Vital statistics of India. Vol. VI, European troops 1870-79
Year: 1870
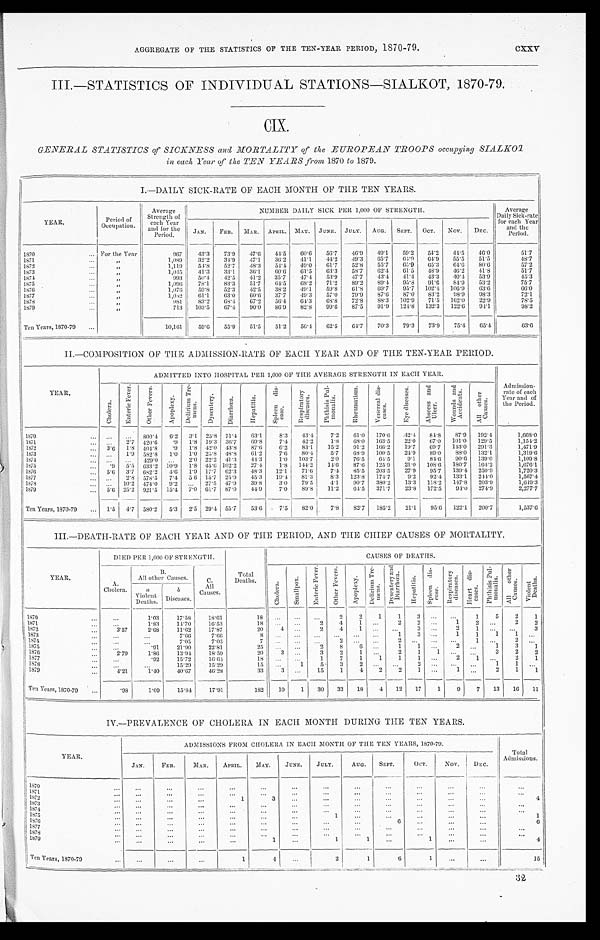
AGGREGATE OF THE STATISTICS OF THE TEN-YEAR PERIOD, 1870-79.
c x x v
III.—STATISTICS OF INDIVIDUAL STATIONS—SIALKOT, 1870-79.
CIX.
GENERAL STATISTICS of SICKNESS and MORTALITY of the EUROPEAN TROOPS occupying SIALKO
T in each Year of the TEN YEARS from 1870 to 1879.
I.—DAILY SICK-RATE OF EACH MONTH OF THE TEN YEARS.
YEAR.
Period of
Occupation.
Average
Strength of
each Year
and for th
e Period.
NUMBER DAILY SICK. PER 1,000 0F
STRENGTH.
Average
Daily Sick-rate
for each Year
and the
Period.
J A N .
FEB. MAR. APRIL. MAY. JUNE. JULY. AUG. SEPT. OCT. NOV. DEC.
1870
For the Year
967 43.3 73.9 47.6 44.5 60.6 56.7 46.9 49.1 59.2 54.2 44.5 46.0
51.7
1 8 7 1
,,
1,089 32.2 34.9 47.1 36.2 41.1 44.2 49.3 65.7
6 4 . 9 64.9 55.5 51.5
48.7
1 8 7 2
,,
1,119 54.8 52.7 48.3 54.4 49.0 61.7 52.8 55.7 65.9 65.3 64.6 80.6
57.2
1 8 7 3
,,
1,045 41.3 33.1 36.1 60.6 61.5 63.3 58.7 62.4 61.5 48.9 46.2 41.8
51.7
1 8 7 4
,,
993 50.4 42.5 41.2 35.7 47.4 53.9 47.7 43.4 41.4 43.3 40.4 53.9
45.3
1875
,,
1,096 78.1 83.3 51.7 64.5 68.2 71.2 89.2
8 9 . 4 95.8 91.6 84.9 53.2
75.7
1876
,,
1,076 59.8 52.3 42.5 38.2 49.1 59.8
6 1 . 8 69.7 95.7 102.4 106.9 63.6
66.0
1877
,,
1,032 61.1 63.0 60.6 37.7 49.3 57.0 79.9 87.6 87.0 83.2 98.9 98.3
72.1
1 8 7 8
,,
981 83.2 68.4 67.2 56.4 64.3 68.8 72.8 88.3 102.9 71.5 162.0 22.9
78.5
1 8 7 9
,,
713 103.5 67.4 90.0 86.9 82.8 99.6 87.5 91.9 124.8 132.3 122.6 94.1
9 8 . 2
Ten Years, 1870-79
10,161 59.6 55.9 51.5 51.2 56.4 62.5 64.7 70.3 79.3 73.9 75.4 65.4
63. 6
II.—COMPOSITION OF THE ADMISSION-RATE OF EACH YEAR AND OF THE TEN-YEAR PERIOD.
YEAR.
ADMITTED INTO HOSPITAL PER 1,000 0F THE AVERAGE STRENGTH IN EACH YEAR.
Admission- rate of each
Year and of
the Period.
Ch o l e r a .
E n t e r i c F e v e r .
O t h e r F e v e r s . A p o p l e x y .
D e l i r i u m T r e - m e n s .
Dy s e n t e r y .
Di a r r h œa . He p a t i t i s .
S p l e e n d i s - e a s e .
R e s p i r a t o r y d i s e a s e s .
P h t h i s i s P u l - m o n a l i s .
R h e u m a t i s m .
V e n e r e a l d i s - e a s e s .
E y e d i s e a s e s .
A b s c e s s a n d U l c e r .
W o u n d s a n d A c c i d e n t s .
A l l o t h e r C a u s e s .
1 8 7 0
800.4 6.2 3.1 25.8 71.4 63.1
8 . 3
43.4 7.2 61.0 170.6 42.4 84.8 87.9 192.4
1,668.0
1871
2 . 7 420.6 .9 1.8 19.3 36.7 69.8 7.4 42.2
1.8 68.0 163.5 22.0 67.0 101.0 129.5
1,154.2
1872
3.6 1.8 404.8 .9 1.8 42.0 43.8 87.6 6.2 83.1 15.2 91.2 166.2 19.7 69.7 143.0 291.3
1,471.9
1873
1.9 582.8 1.0
1 . 0 25.8 48.8 61.2 7.6 80.4 5.7 68.9 100.5 24.9 89.0 88.0 132.1
1, 319. 6
1 8 7 4
429.0
2.0 22.2 41.3 44.3 1.0 103.7
2.0 76.5 64.5
9.1 84.6 90.6 139.0
1, 109. 8
1875
. 9
5 . 5 633.2 10.9 1.8 45.6 102.2 27.4 1.8 144.2 14.6 87.6 125.9 21.0 108.6 180.7 164.2
1,676.1
1876
5.6 3.7 682.2 4.6 1.9 17.7 62.3 48.3 12.1 71.6 7.4 85.5 203.5 27.9 95.7 139.4 250.9
1, 720. 3
1877
2.8 578.5 7.4 5.6 15.7 25.9 45.3
1 9 . 4 81.3 8.3 123.8 174.7 9.2 92.4 133.1 244.0
1, 567. 4
1878
10.2 474.0 9.2
27.5 47.9 39.8 3.0 79.5 4.1 90.7 380.2 13.3 118.2 147.8 203.9
1, 649. 3
1 8 7 9
5.6 25.2 921.5 15.4 7.0 61.7 87.0 44.9 7.0 89.8 11.2 64.5 371.7 23.8 172.5 94.0 274.9
2, 277. 7
Ten Years, 1870-79
1.5 4.7 580.2 5.3 2.5 29.4 55.7 53.6 7.5 82.0 7.8 82.7 185.2 21.1 95.6 122.1 200.7
1, 537. 6
III.—DEATH-RATE OF EACH YEAR AND OF THE PERIOD, AND THE CHIEF CAUSES OF MORTALITY.
YEAR.
DIED PER 1,000 OF STRENGTH.
Tot al Deat hs.
CAUSES OF DEATHS.
A. Cholera.
B. All other Causes.
C. All
C a u s e s .
Ch o l e r a . Smal l pooox.
E n t e r i c F e v e r .
O t h e r F e v e r s .
A p o p l e x y .
D e l i r i u m T r e - m e n s . D y s e n t e r y a n d D i a r r h œ a .
H e p a t i t i s .
S p l e e n d i s - e a s e .
R e s p i r a t o r y d i s e a s e s .
He a r t d i s - e a s e s .
P h t h i s i s P u l - m o n a l i s .
A l l o t h e r C a u s e s .
a Vi ol ent
Deaths.
b D i s e a s e s .
1870
1.03
17.58
18.61
18
2 2 1 1
3
1 5 2
1871
1.83
14.70
16.53
1 8
2 4
1
2
2
1 2
2
1872
3.57
2.68 11.62
17.87
20
4
2 4
1
3
2
1
1873
7 . 6 6
7.66
8
1 3
1 1 1
1
1874
7.05
7.05
7
2
2
1
2
1875
.91
21.90 22.81
25
2 8 6
1 1
2
1 3
1876
2.79
1.86 13.94 18.59
20
3
3 2 1
2 1
1
3 2
1877
.92 15.72 16.64
1 8
1 7 1 1 1 1
2 1
2
1 8 7 8
15.29
15.29
15
1 5 3
2
2
1 1
1 8 7 9
4.21
1.40 40.67
46.28
33
3
15 1 4 2
2
1
1
2 1 1
Ten Years, 1870-79
.98
1.09
15.84
17.91
182 10 1 30 33 18 4 12 17 1 9 7 13 16 11 V i o l e n t D e a t h s .
1
2
3
1 2 1
IV.—PREVALENCE OF CHOLERA IN EACH MONTH DURING THE TEN YEARS.
YEAR.
ADMISSIONS FROM CHOLERA IN EACH MONTH OF THE TEN YEARS, 1870-79.
Total
Admissions.
J AN.
FEB.
MAR.
APRIL. MAY. JUNE. JULY.
AUG. SEPT.
OCT.
NOV. DEC.
1 8 7 0 1871
1 8 7 2
1
3
4
1 8 7 3
1 8 7 4
1875
1
1
1 8 7 6
6
6
1 8 7 7
1 8 7 8
1 8 7 9
1
1
1
1
4
Ten Years, 1870-79
1
4
2
1
6
1
15
32